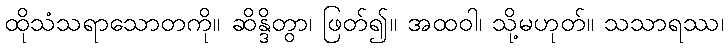
ထိုသံသရာသောတကို။ ဆိန္ဒိတွာ၊ ဖြတ်၍။ အထဝါ၊ သို့မဟုတ်။ သသာရဿ၊